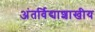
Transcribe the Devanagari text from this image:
अंतर्विद्याशाखीय